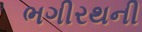
ભગીરથની